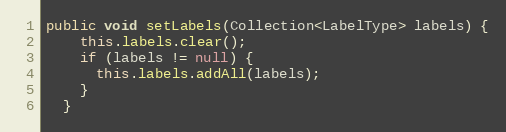
Language: Java
public void setLabels(Collection<LabelType> labels) {
    this.labels.clear();
    if (labels != null) {
      this.labels.addAll(labels);
    }
  }